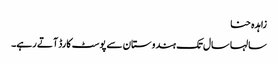
زاہدہ حنا
سالہا سال تک ہندوستان سے پوسٹ کارڈ آتے رہے۔